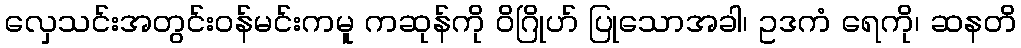
လှေသင်းအတွင်းဝန်မင်းကမူ ကဆုန်ကို ဝိဂြိုဟ် ပြုသောအခါ၊ ဥဒကံ ရေကို၊ ဆနတိ